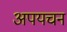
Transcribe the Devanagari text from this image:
अपयचन